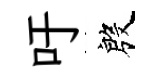
吁殷